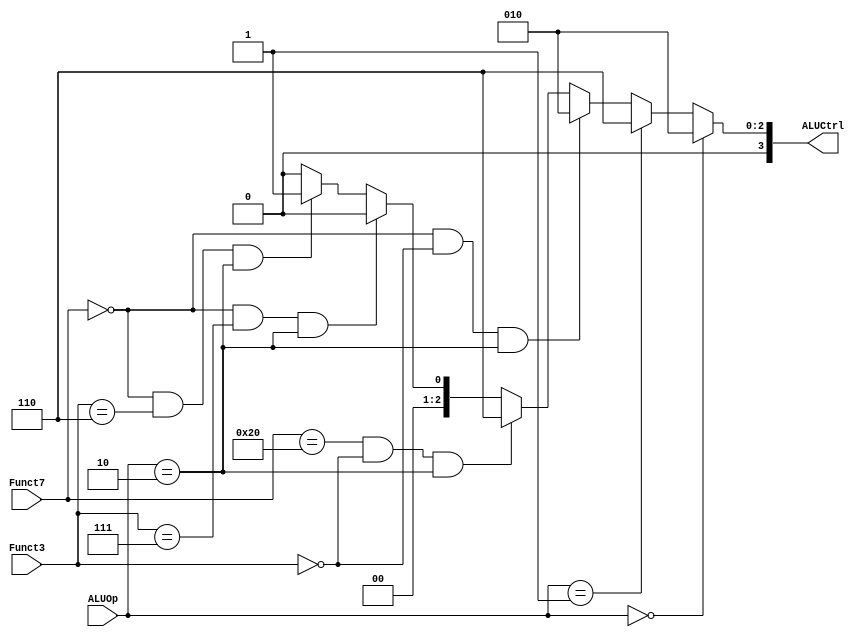
module ALUControl (Funct7, Funct3, ALUOp, ALUCtrl);
  input wire [6:0]Funct7;
  input wire [2:0]Funct3;
  input wire [1:0]ALUOp;
  output reg [3:0]ALUCtrl;

  always @ (*) begin
    if(ALUOp == 2'b00) begin // tipo load e store
      ALUCtrl <= 4'b0010; // funcao alu soma
    end
    else if(ALUOp == 2'b01) begin // tipo beq
      ALUCtrl <= 4'b0110; // funcao subtracao
    end
    else if(Funct7 == 7'b0000000
     && Funct3 == 3'b000 && ALUOp == 2'b10) begin // tipo R - ADD
      ALUCtrl <= 4'b0010; // funcao alu soma
    end
    else if(Funct7 == 7'b0100000
     && Funct3 == 3'b000 && ALUOp == 2'b10) begin // tipo R - SUB
      ALUCtrl <= 4'b0110;
    end
    else if(Funct7 == 7'b0000000
     && Funct3 == 3'b111 && ALUOp == 2'b10) begin // tipo R - AND
      ALUCtrl <= 4'b0000; // funcao and
    end
    else if(Funct7 == 7'b0000000
     && Funct3 == 3'b110 && ALUOp == 2'b10) begin // tipo R - 
      ALUCtrl <= 4'b0001;
    end
    else begin
      ALUCtrl <= 4'b0;
    end
  end
endmodule